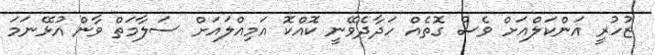
ޒުހުރީ އަންކަލްއަށް ވެސް ގޮތެއް ހަދާދެވޭނީ ކޮއްކޮ އަމިއްލައަށް ސަލާމަތް ވާން އުޅޭނަމަ